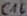
Text: C16